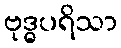
ဗုဒ္ဓပရိသာ